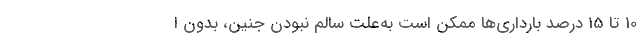
10 تا 15 درصد بارداری‌‌ها ممکن است به‌علت سالم نبودن جنین، بدون ا